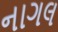
નાગલ